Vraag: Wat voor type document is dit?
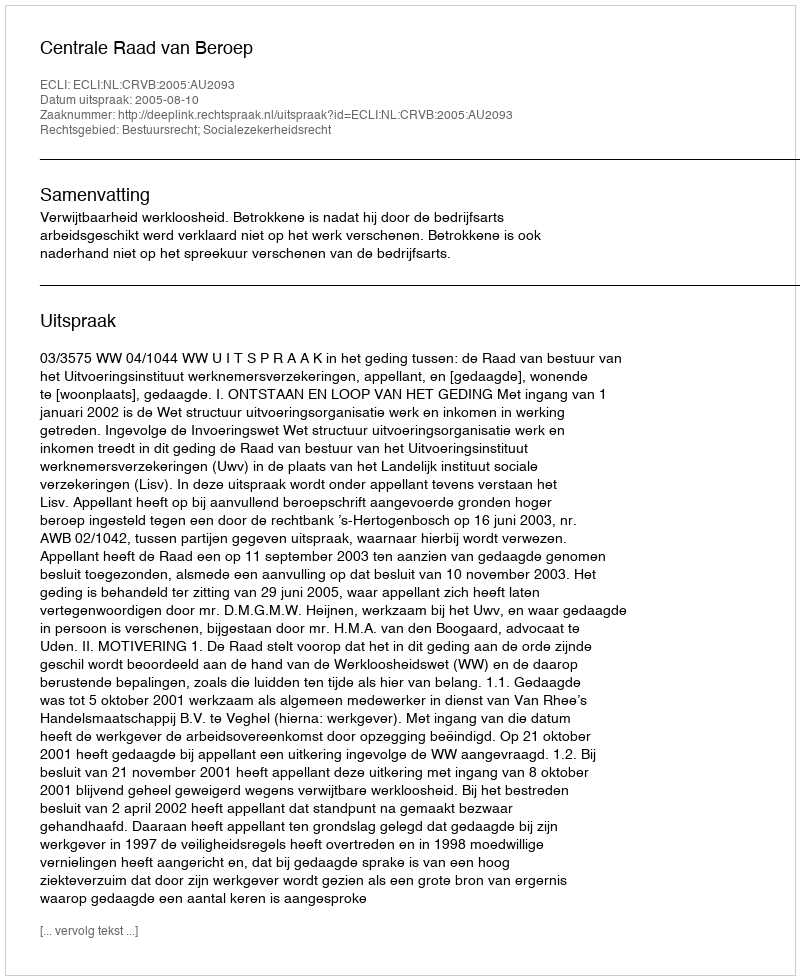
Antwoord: Uitspraak